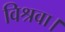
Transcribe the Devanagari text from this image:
विश्रवा।